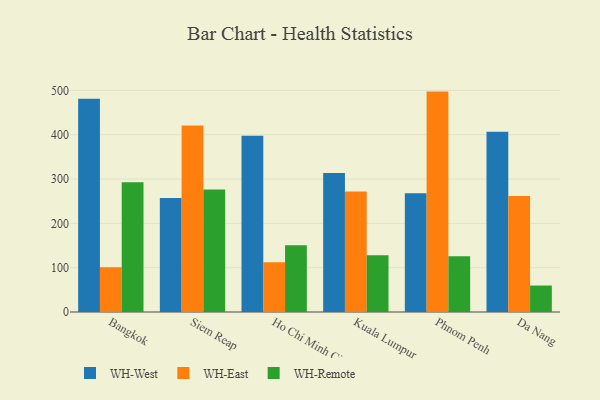
{"axis": {"x": "City", "y": "Shipments"}, "legend": ["WH-East", "WH-Remote", "WH-West"], "data": [{"x": "Bangkok", "y": 481.4, "type": "WH-West"}, {"x": "Bangkok", "y": 100.9, "type": "WH-East"}, {"x": "Bangkok", "y": 292.5, "type": "WH-Remote"}, {"x": "Siem Reap", "y": 257.1, "type": "WH-West"}, {"x": "Siem Reap", "y": 420.6, "type": "WH-East"}, {"x": "Siem Reap", "y": 276.6, "type": "WH-Remote"}, {"x": "Ho Chi Minh City", "y": 397.7, "type": "WH-West"}, {"x": "Ho Chi Minh City", "y": 112.3, "type": "WH-East"}, {"x": "Ho Chi Minh City", "y": 150.5, "type": "WH-Remote"}, {"x": "Kuala Lumpur", "y": 313.8, "type": "WH-West"}, {"x": "Kuala Lumpur", "y": 271.7, "type": "WH-East"}, {"x": "Kuala Lumpur", "y": 128.1, "type": "WH-Remote"}, {"x": "Phnom Penh", "y": 267.9, "type": "WH-West"}, {"x": "Phnom Penh", "y": 497.3, "type": "WH-East"}, {"x": "Phnom Penh", "y": 125.7, "type": "WH-Remote"}, {"x": "Da Nang", "y": 406.5, "type": "WH-West"}, {"x": "Da Nang", "y": 261.6, "type": "WH-East"}, {"x": "Da Nang", "y": 59.7, "type": "WH-Remote"}]}